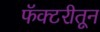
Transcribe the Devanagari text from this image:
फॅक्टरीतून